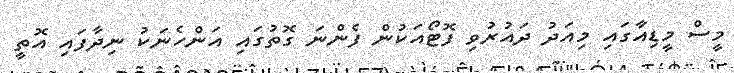
މީސް މީޑިއާގައި މިއަދު ދައުރުވި ފޮޓޯއަކުން ފެންނަ ގޮތުގައި އަންހެނަކު ނިދާފައި އޮތީ